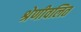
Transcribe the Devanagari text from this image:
श्रेणीवलित